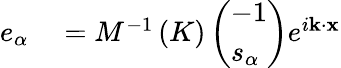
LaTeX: \begin{array}{rl}{e_{\alpha}}&{{}=M^{-1}\left(K\right)\left(\begin{array}{l}{-1}\\ {s_{\alpha}}\end{array}\right)e^{i\mathbf{k}\cdot\mathbf{x}}}\end{array}